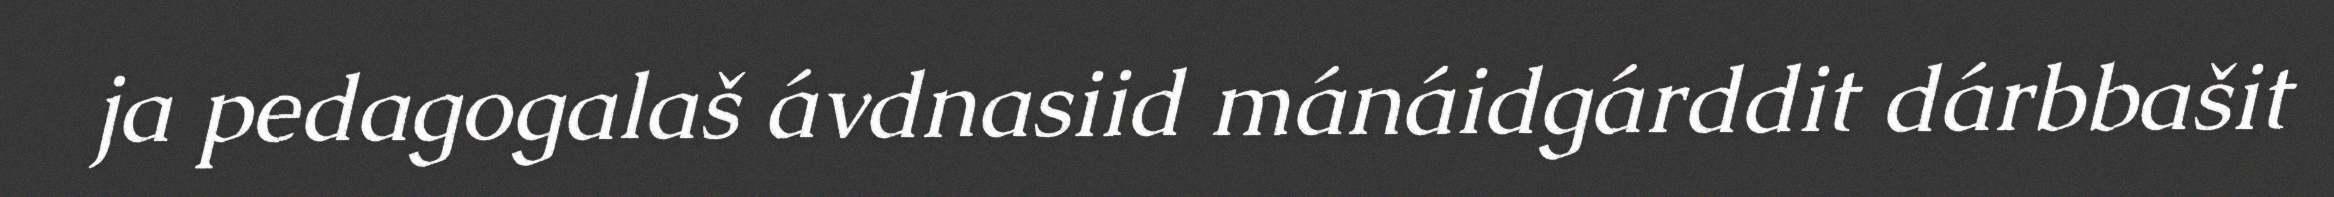
ja pedagogalaš ávdnasiid mánáidgárddit dárbbašit